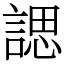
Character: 諰